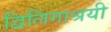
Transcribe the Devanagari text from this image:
द्विलिंगाश्रयी